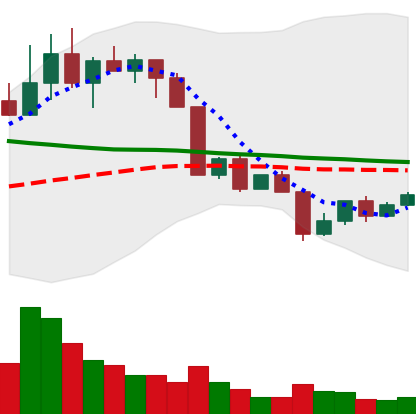
Ticker: NEO-USD
Chart end date: 2022-04-16
Forward return: -3.404%
Label: down_3_5